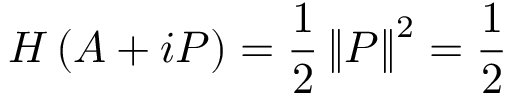
H \left( A + i P \right) = \frac { 1 } { 2 } \left\| P \right\| ^ { 2 } = \frac { 1 } { 2 }